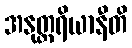
အနုတ္တရိယာနီတိ